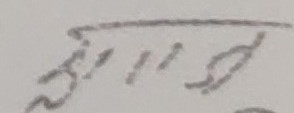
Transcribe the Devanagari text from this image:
भैरहव